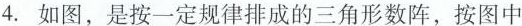
4.如图，是按一定规律排成的三角形数阵，按图中